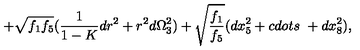
+ \sqrt { f _ { 1 } f _ { 5 } } ( \frac { 1 } { 1 - K } d r ^ { 2 } + r ^ { 2 } d \Omega _ { 3 } ^ { 2 } ) + \sqrt { \frac { f _ { 1 } } { f _ { 5 } } } ( d x _ { 5 } ^ { 2 } + c d o t s \ + d x _ { 8 } ^ { 2 } ) ,